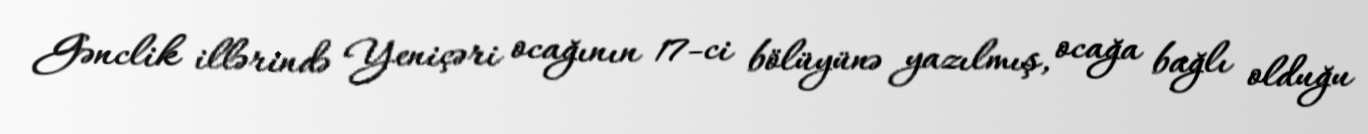
Gənclik illərində Yeniçəri ocağının 17-ci bölüyünə yazılmış, ocağa bağlı olduğu